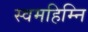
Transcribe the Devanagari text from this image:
स्वमहिम्नि